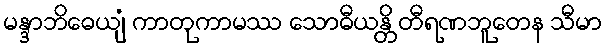
မန္ဒာဘိဓေယျံ ကာတုကာမဿ သောဓီယန္တိ တီရဏဘူတေန သီမာ